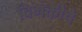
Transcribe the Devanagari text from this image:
विभक्तीचे